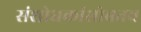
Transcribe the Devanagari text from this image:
संशोधकांसोबतच